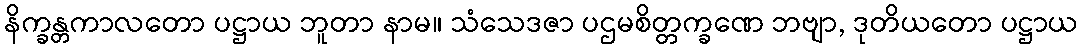
နိက္ခန္တကာလတော ပဋ္ဌာယ ဘူတာ နာမ။ သံသေဒဇာ ပဌမစိတ္တက္ခဏေ ဘဗျာ, ဒုတိယတော ပဋ္ဌာယ